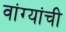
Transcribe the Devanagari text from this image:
वांग्यांची